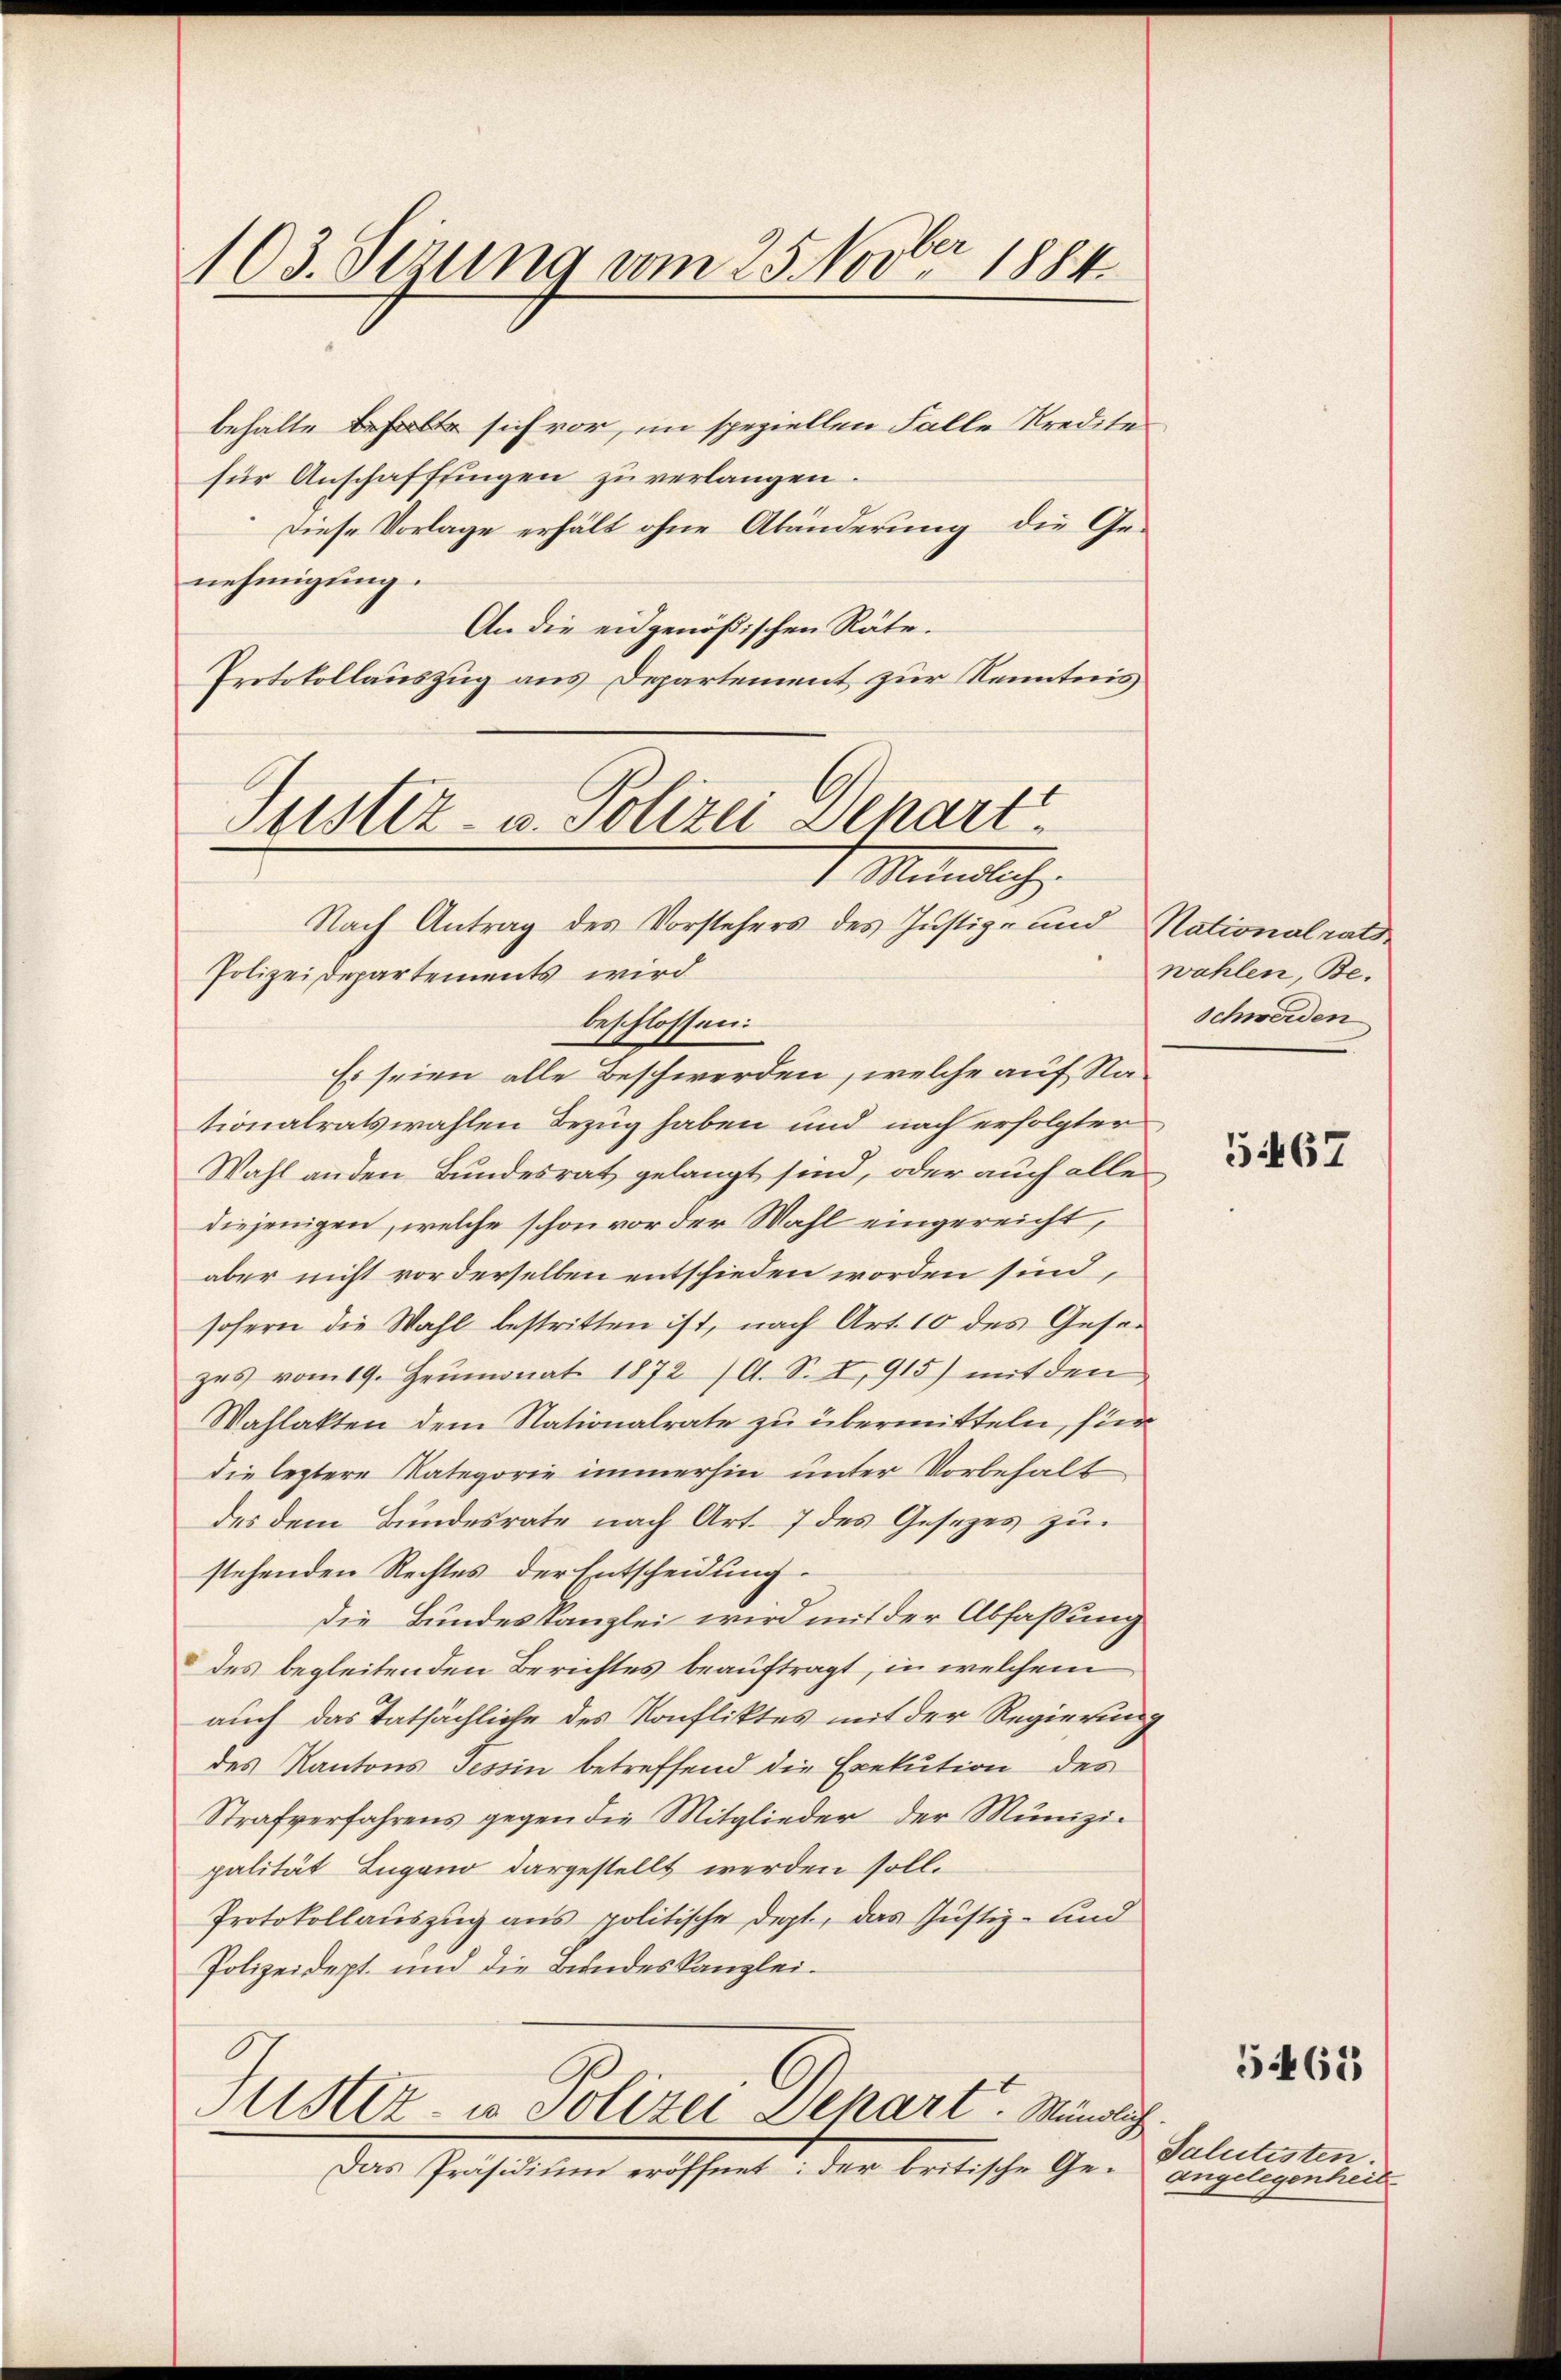
103. Sezung vom 25. Novber 1884.

Justiz- u. Polizei Depart
1 Maindlich
Nach Antrag des Vorstehers des Justiz- und Nationalrats¬
Polizeidepartements wird

behalte behalte sich vor, im speziellen Falle Kredite
für Anschaffungen zu verlangen.
Diese Vorlage erhält ohne Abänderung die Ge-
nehmigung.
An die eidgenößischen Räte.
Protokollauszug aus Departement zur Kenntnis
beschlossen:
Es seien alle Beschwerden, welche auf Nationalratswahlen Bezug haben und nach erfolgter
Wahl an den Bundesrat gelangt sind, oder auch alle
diejenigen, welche schon vor der Wahl eingereicht,
aber nicht vorderselben entschieden worden sind,
sofern die Wahl bestritten ist, nach Art. 10 des Gesezes vom 19. Heumonat 1872 (A. S. I, 915) mit den
Wahlakten dem Nationalrate zu übermitteln, für
die leztere Kategorie immerhin unter Vorbehalt
des dem Bundesrate nach Art. 7 des Gesetzes zustehenden Rechtes der Entscheidung.
die Bundeskanzlei wird mit der Abfaßung
des begleitenden Berichtes beauftragt, in welchem
auch das tatsächliche des Konfliktes mit der Regierung
des Kantons Tessin betreffend die Exekution des
Strafverfahrens gegen die Mitglieder der Munizie
palität Lugano dargestellt werden soll.
Protokollauszug aus politische Dept, das Justiz- und
Polizeidept. und die Bundeskanzlei.
Justiz- u. Polizei Depart. Mündlich
Das Präsidiŭm eröffnet: der britische Ge-

wahlen, Be¬
Schwerden

5462

54462

Salutisten.
angelegenheit